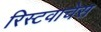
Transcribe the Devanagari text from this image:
रिस्टवाचेस